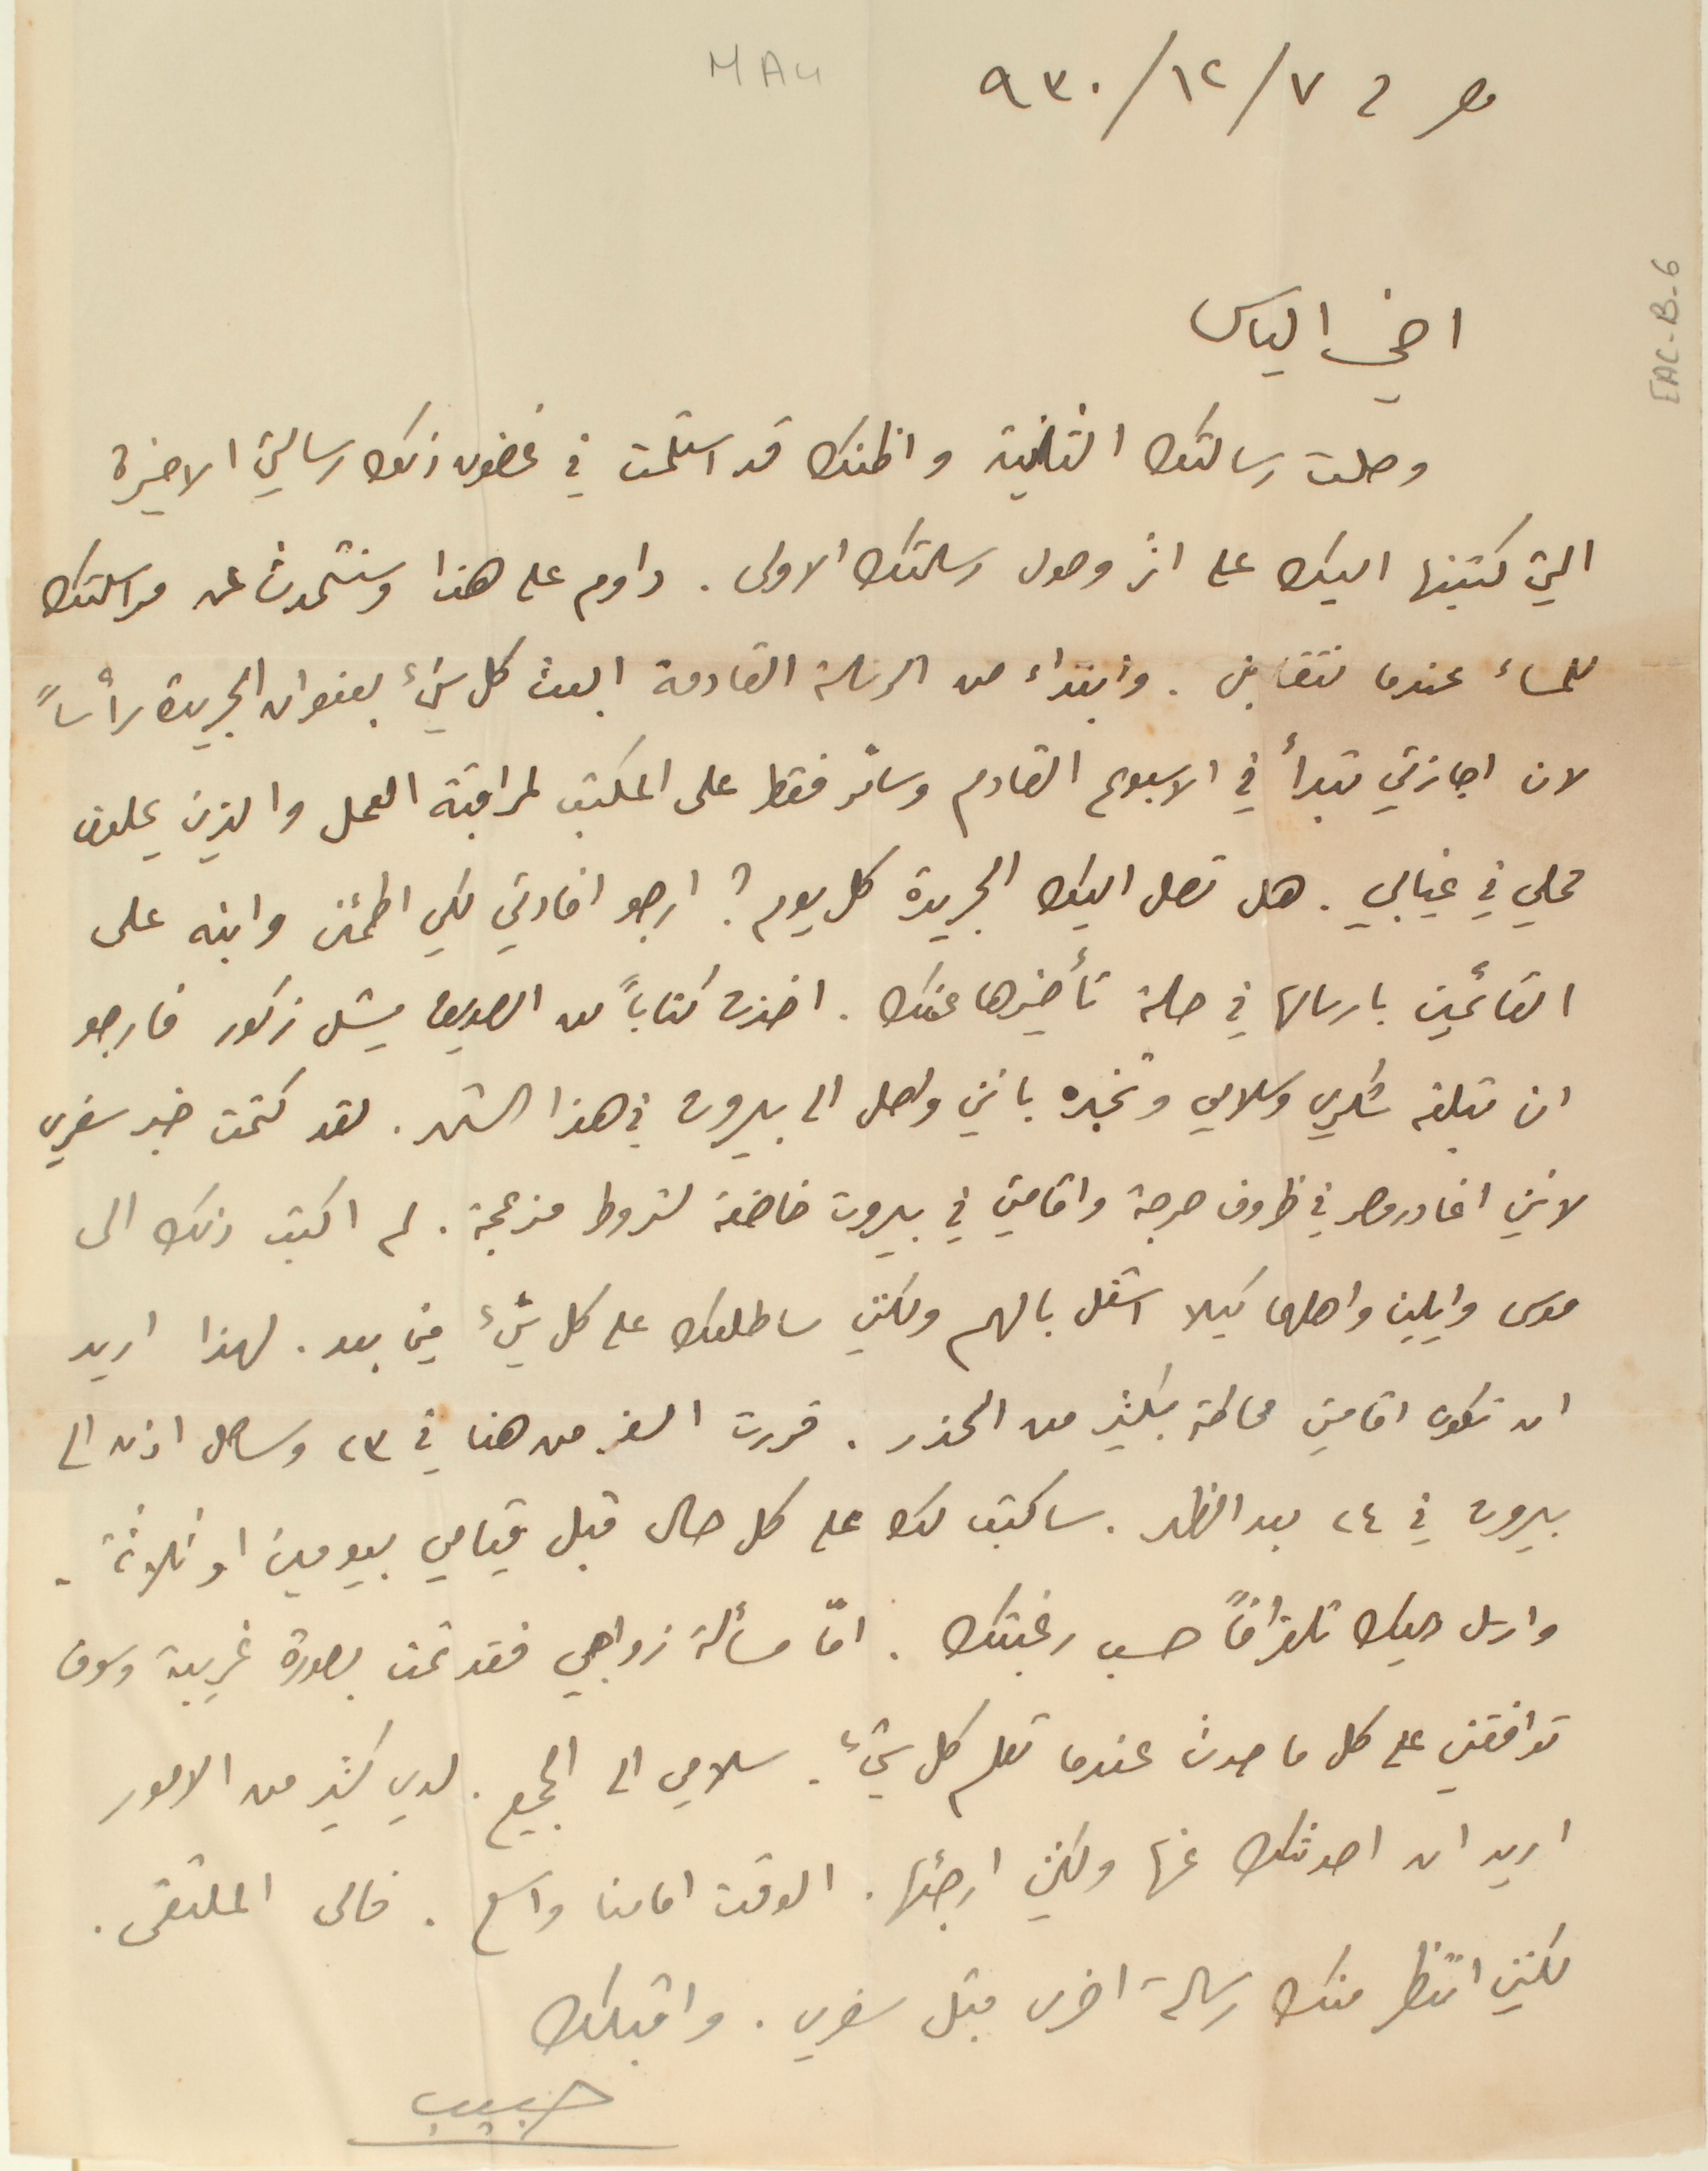
مصر فى ٧/ ١٢/ ٩٣٠
اخي الياس
 وصلت رسالتك الثانية واظنك قد استلمت في غضون ذلك رسالتي الاخيرة
التي كتبتها اليك على اثر وصول رسالتك الاولى. داوم على هذا وسنتحدث عن مراسلتك
 للمساء عندما نتقابل. وابتداء من الرسالة القادمة ابعث كل شيء بعنوان الجريدة رأساً
لان اجازتي تبدأ في الاسبوع القادم وسأمر فقط على المكتب لمراقبة العمل والذين يحلون
محلي في غيابي. هل تصل اليك الجريدة كل يوم؟ ارجو افادتي لكي اطمئن وانبه على
القائمين بارسالها في حالة تأخيرها عنك. اخذت كتاباً من الصديق ميشل زكور فارجو
ان تبلغه شكري وسلامي وتخبره بانني واصل الى بيروت في هذا الشهر. لقد كتمت خبر سفري
لانني اغادر مصر في ظروف حرجة واقامتي في بيروت خاضعة لشروط مزعجة. لم اكتب ذلك الى
موسى وايلين واهلهما كيلا اشغل بالهم ولكني ساطلعك على كل شيء فيما بعد. لهذا اريد
ان تكون اقامتي محاطة بكثير من الحذر. قررت السفر من هنا في ٢٣ وساصل اذن الى
بيروت في ٢٤ بعد الظهر. ساكتب لك على كل حال قبل قيامي بيومين او ثلاثة.
وارسل اليك تلغرافاً حسب رغبتك. امّا مسألة زواجي فقد تمت بصورة غريبة وسوف
توافقني على كل ما حدث عندما تعلم كل شيء. سلامي الى الجميع لدي كثير من الأمور
اريد ان احدثك عنها ولكن ارجئها. الوقت امامنا واسع. فالى الملتقى.
 لكنني انتظر منك رسالة اخرى قبل سفري. واقبلك
حبيب
EAC-B-6